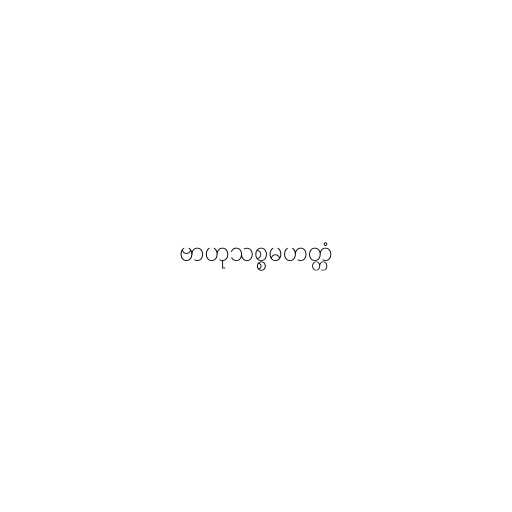
ဗာဟုသစ္စမဟတ္တံ